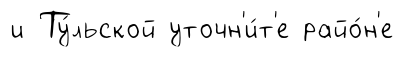
и Ту́льской уточн'и́т'е райо́н'е